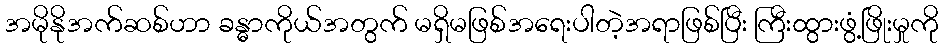
အမိုနိုအက်ဆစ်ဟာ ခန္ဓာကိုယ်အတွက် မရှိမဖြစ်အရေးပါတဲ့အရာဖြစ်ပြီး ကြီးထွားဖွံ့ဖြိုးမှုကို